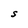
Character: S